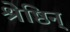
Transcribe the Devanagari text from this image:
श्रेष्ठिन्